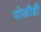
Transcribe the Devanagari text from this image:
पोळीही